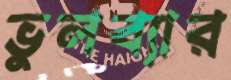
ভুলব্যার